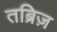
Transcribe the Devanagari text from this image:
तब्रिज़